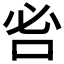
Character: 𠰣